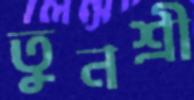
তুনশ্রী